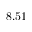
8 . 5 1